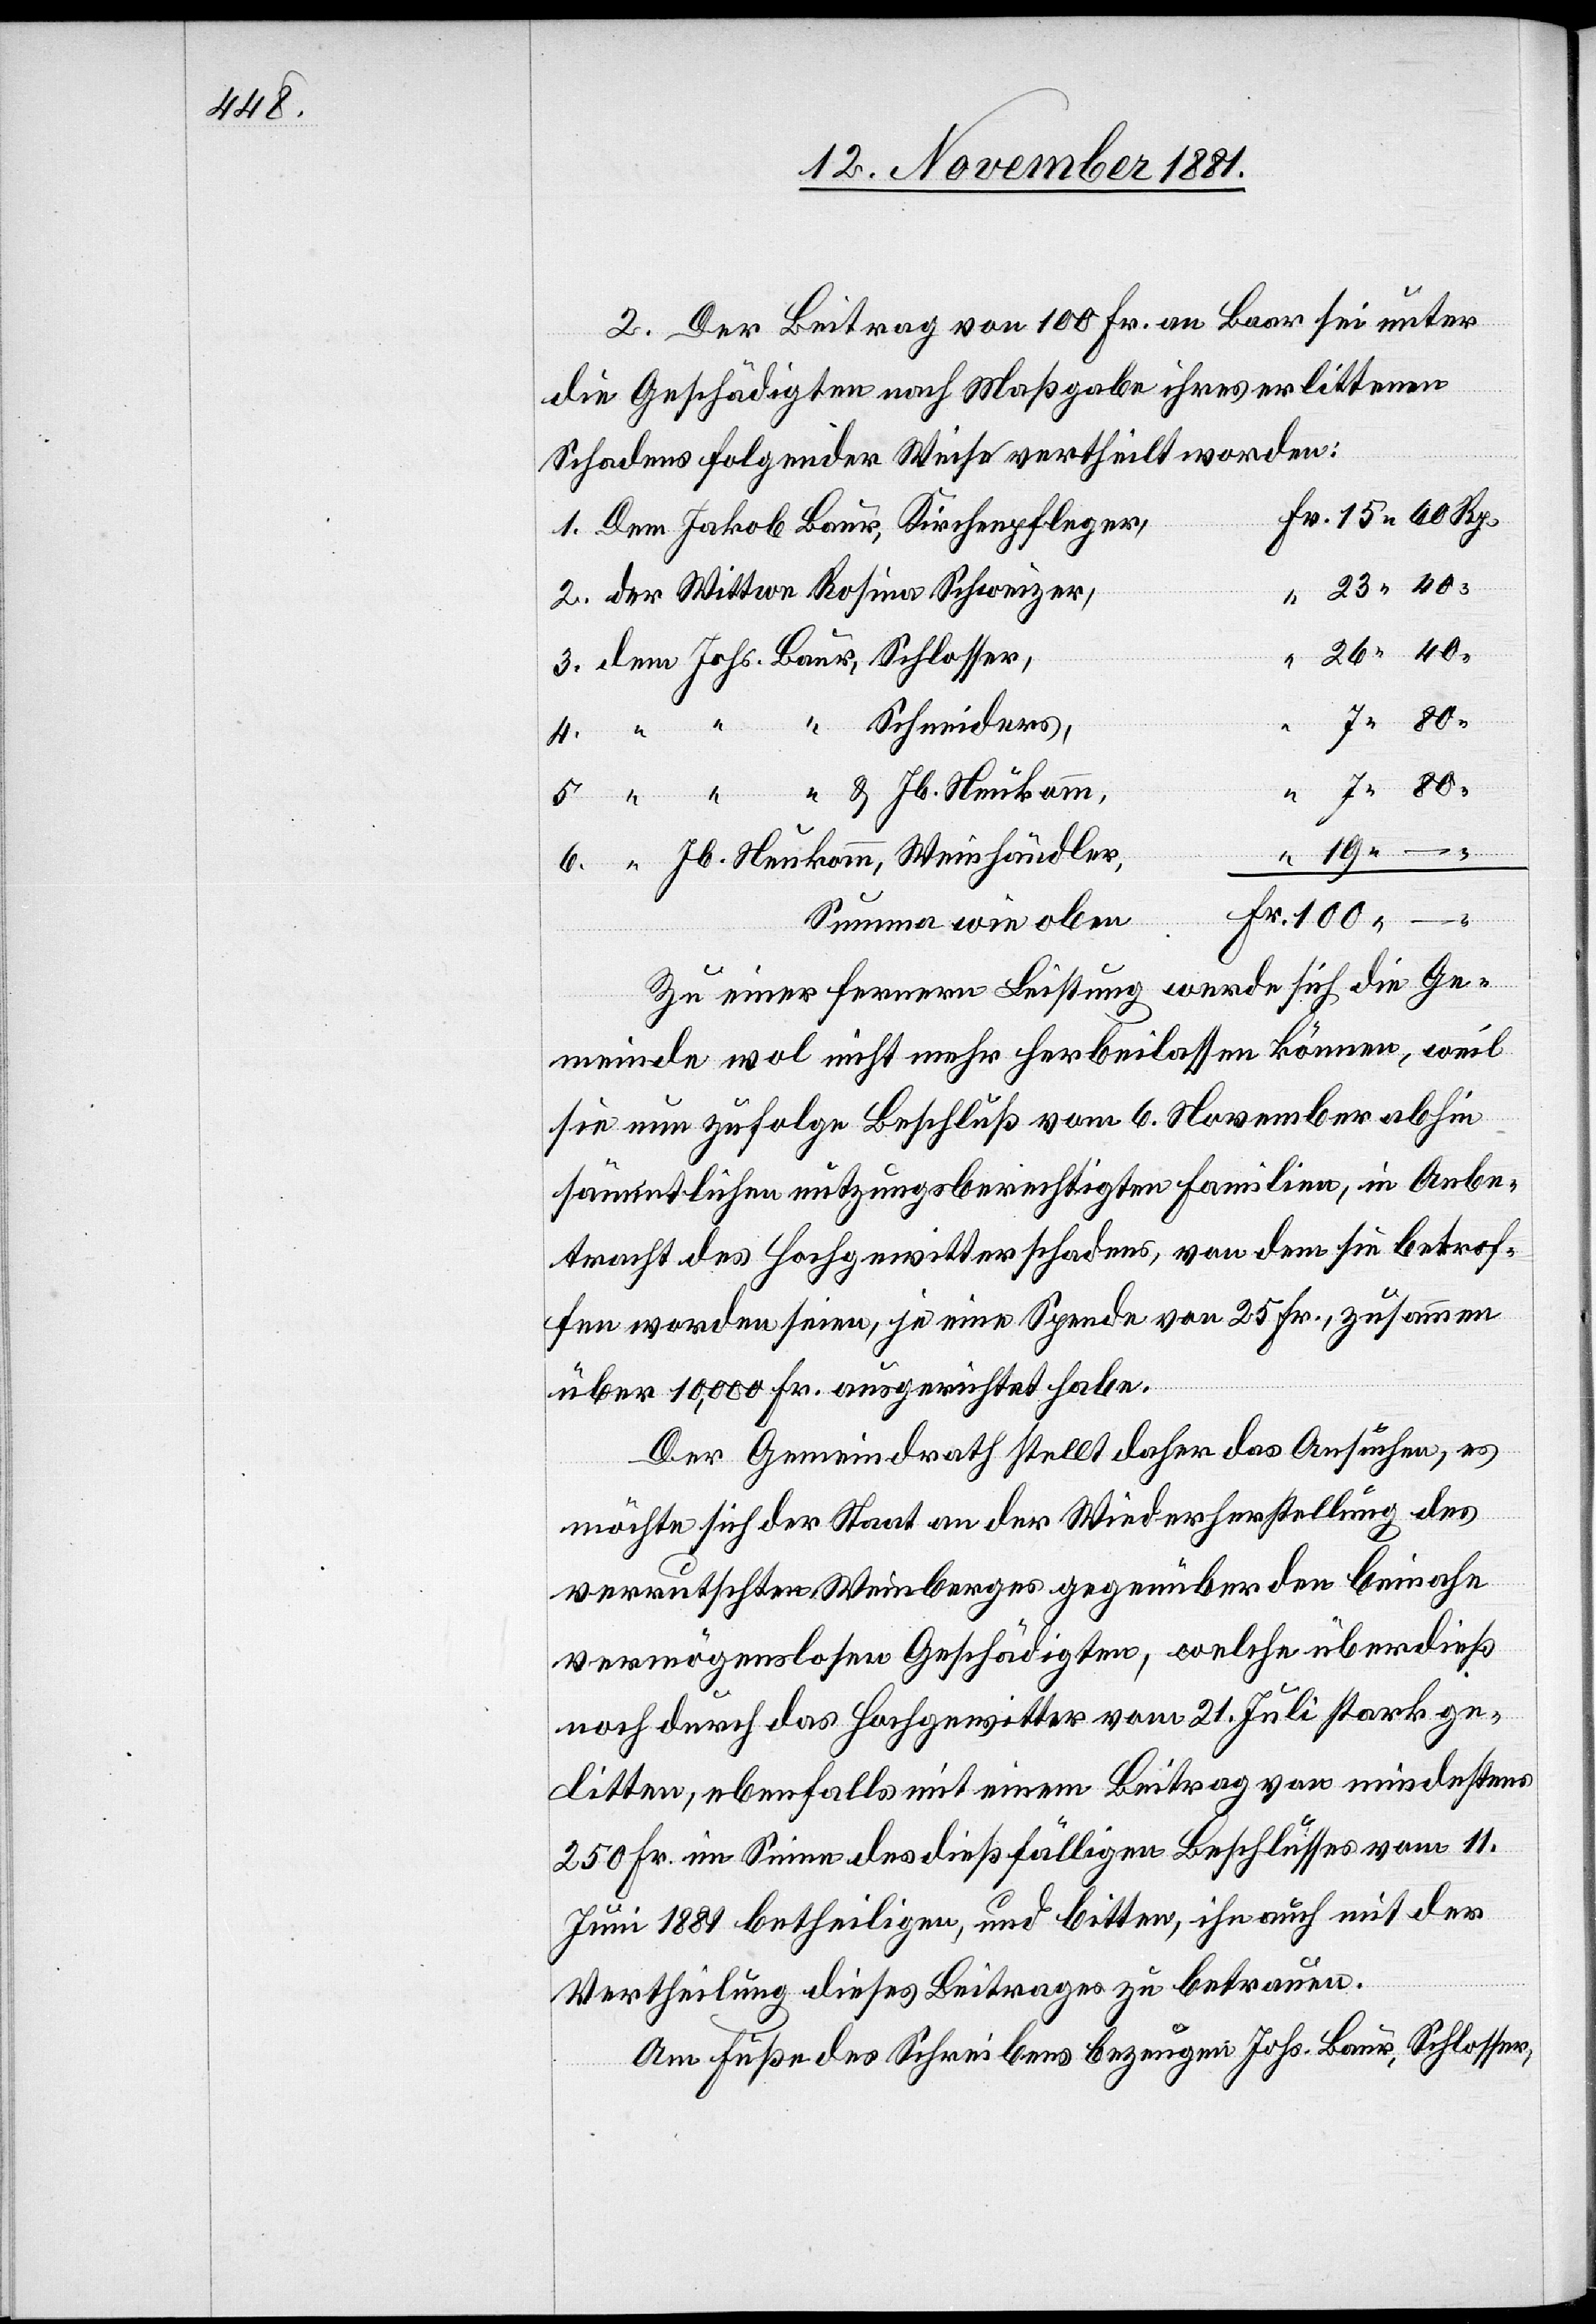
40

2. Der Beitrag von 100 Fr. an Baar sei unter
die Geschädigten nach Maßgabe ihres erlittenen
Schadens folgender Weise vertheilt worden:
r. 15 60 Rp.
1. Dem Jakob Baur, Kirchenpfleger,	F¬
2. der Wittwe Rosina Schweizer,
26 40 “
3. dem Johs. Baur, Schlosser,
4. “ “ “ Schneiders,
“ 7 80
5. “ “ “ & Jb. Neukomm,
6. “ Jb. Neukomm, Weinhändler,
n	Fr. 100 –
Summa wie obe¬
Zu einer fernern Leistung werde sich die Ge¬
meinde wol nicht mehr herbeilassen können, weil
sie nun zufolge Beschluß vom 6. November abhin
sämmtliche nutzungsberechtigte Familien, in Anbe¬
tracht des Hochgewitterschadens, von dem sie betrof¬
fen worden seien, je eine Spende von 25 Fr., zusammen
über 10,000 Fr. ausgerichtet habe.
Der Gemeindrath stellt daher das Ansuchen, es
möchte sich der Staat an der Wiederherstellung des
verrutschten Weinberges gegenüber den beinahe
vermögenslosen Geschädigten, welche überdieß
noch durch das Hochgewitter vom 21. Juli stark ge¬
litten, ebenfalls mit einem Beitrag von mindestens
250 Fr. im Sinne des dießfälligen Beschlusses vom 11.
Juni 1881 betheiligen, und bitten, ihn auch mit der
Vertheilung dieses Beitrages zu betrauen.
Am Fuße des Schreibens bezeugen Johs. Baur, Schlosser,